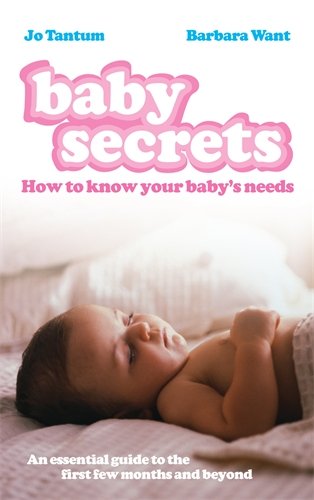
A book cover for Baby Secrets: How to Know Your Baby's Needs; Jo Tantum; Parenting & Relationships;